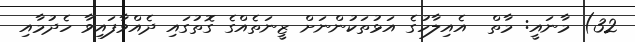
32) މާނައީ: މާތް  އެއިލާހުގެ އަޅުތަކުންނަށް ޒީނަތެއްގެ ގޮތުގައި ދެއްވާފައިވާ ހެދުމާއި